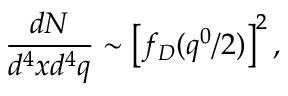
\frac { d N } { d ^ { 4 } x d ^ { 4 } q } \sim \left[ f _ { D } ( q ^ { 0 } / 2 ) \right] ^ { 2 } ,